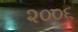
૨૦૦૬